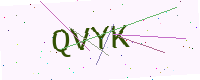
Text: QVYK